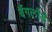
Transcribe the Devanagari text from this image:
बैंगलौर्ड